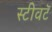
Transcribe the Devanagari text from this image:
स्टीवटॅ